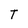
Character: T